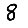
Digit: 8